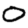
Digit: 0